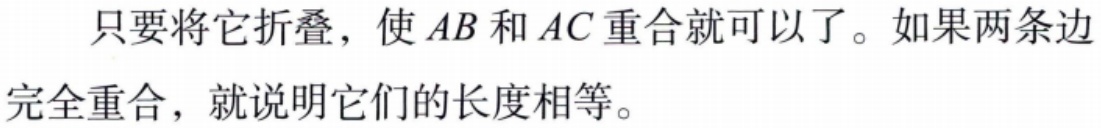
只要将它折叠，使 \(AB\) 和 \(AC\) 重合就可以了。如果两条边完全重合，就说明它们的长度相等。